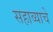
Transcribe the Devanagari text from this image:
सहाव्याचे